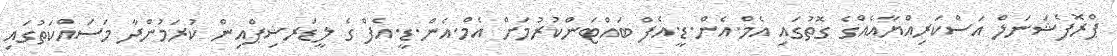
ޕްރޮފެޝަނަލް އަސްކަރިއްޔާއެއްގެ ގޮތުގައި އެމް.އެން.ޑީ.އެފް ބައްޓަންކުރުމަށް އެމް.އެން.ޑީ.އެފް ގެ ލީޑަރޝިޕްއިން ކުރަމުންދާ މަސައްކަތުގައި